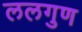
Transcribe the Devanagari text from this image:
ललगुण